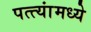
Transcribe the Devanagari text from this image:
पत्त्यांमध्ये